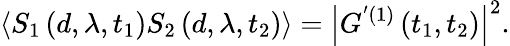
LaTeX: \left\langle S_{1}\left(d,\lambda,t_{1}\right)S_{2}\left(d,\lambda,t_{2}\right)\right\rangle=\left\vert G^{^{\prime}(1)}\left(t_{1},t_{2}\right)\right\vert^{2}.